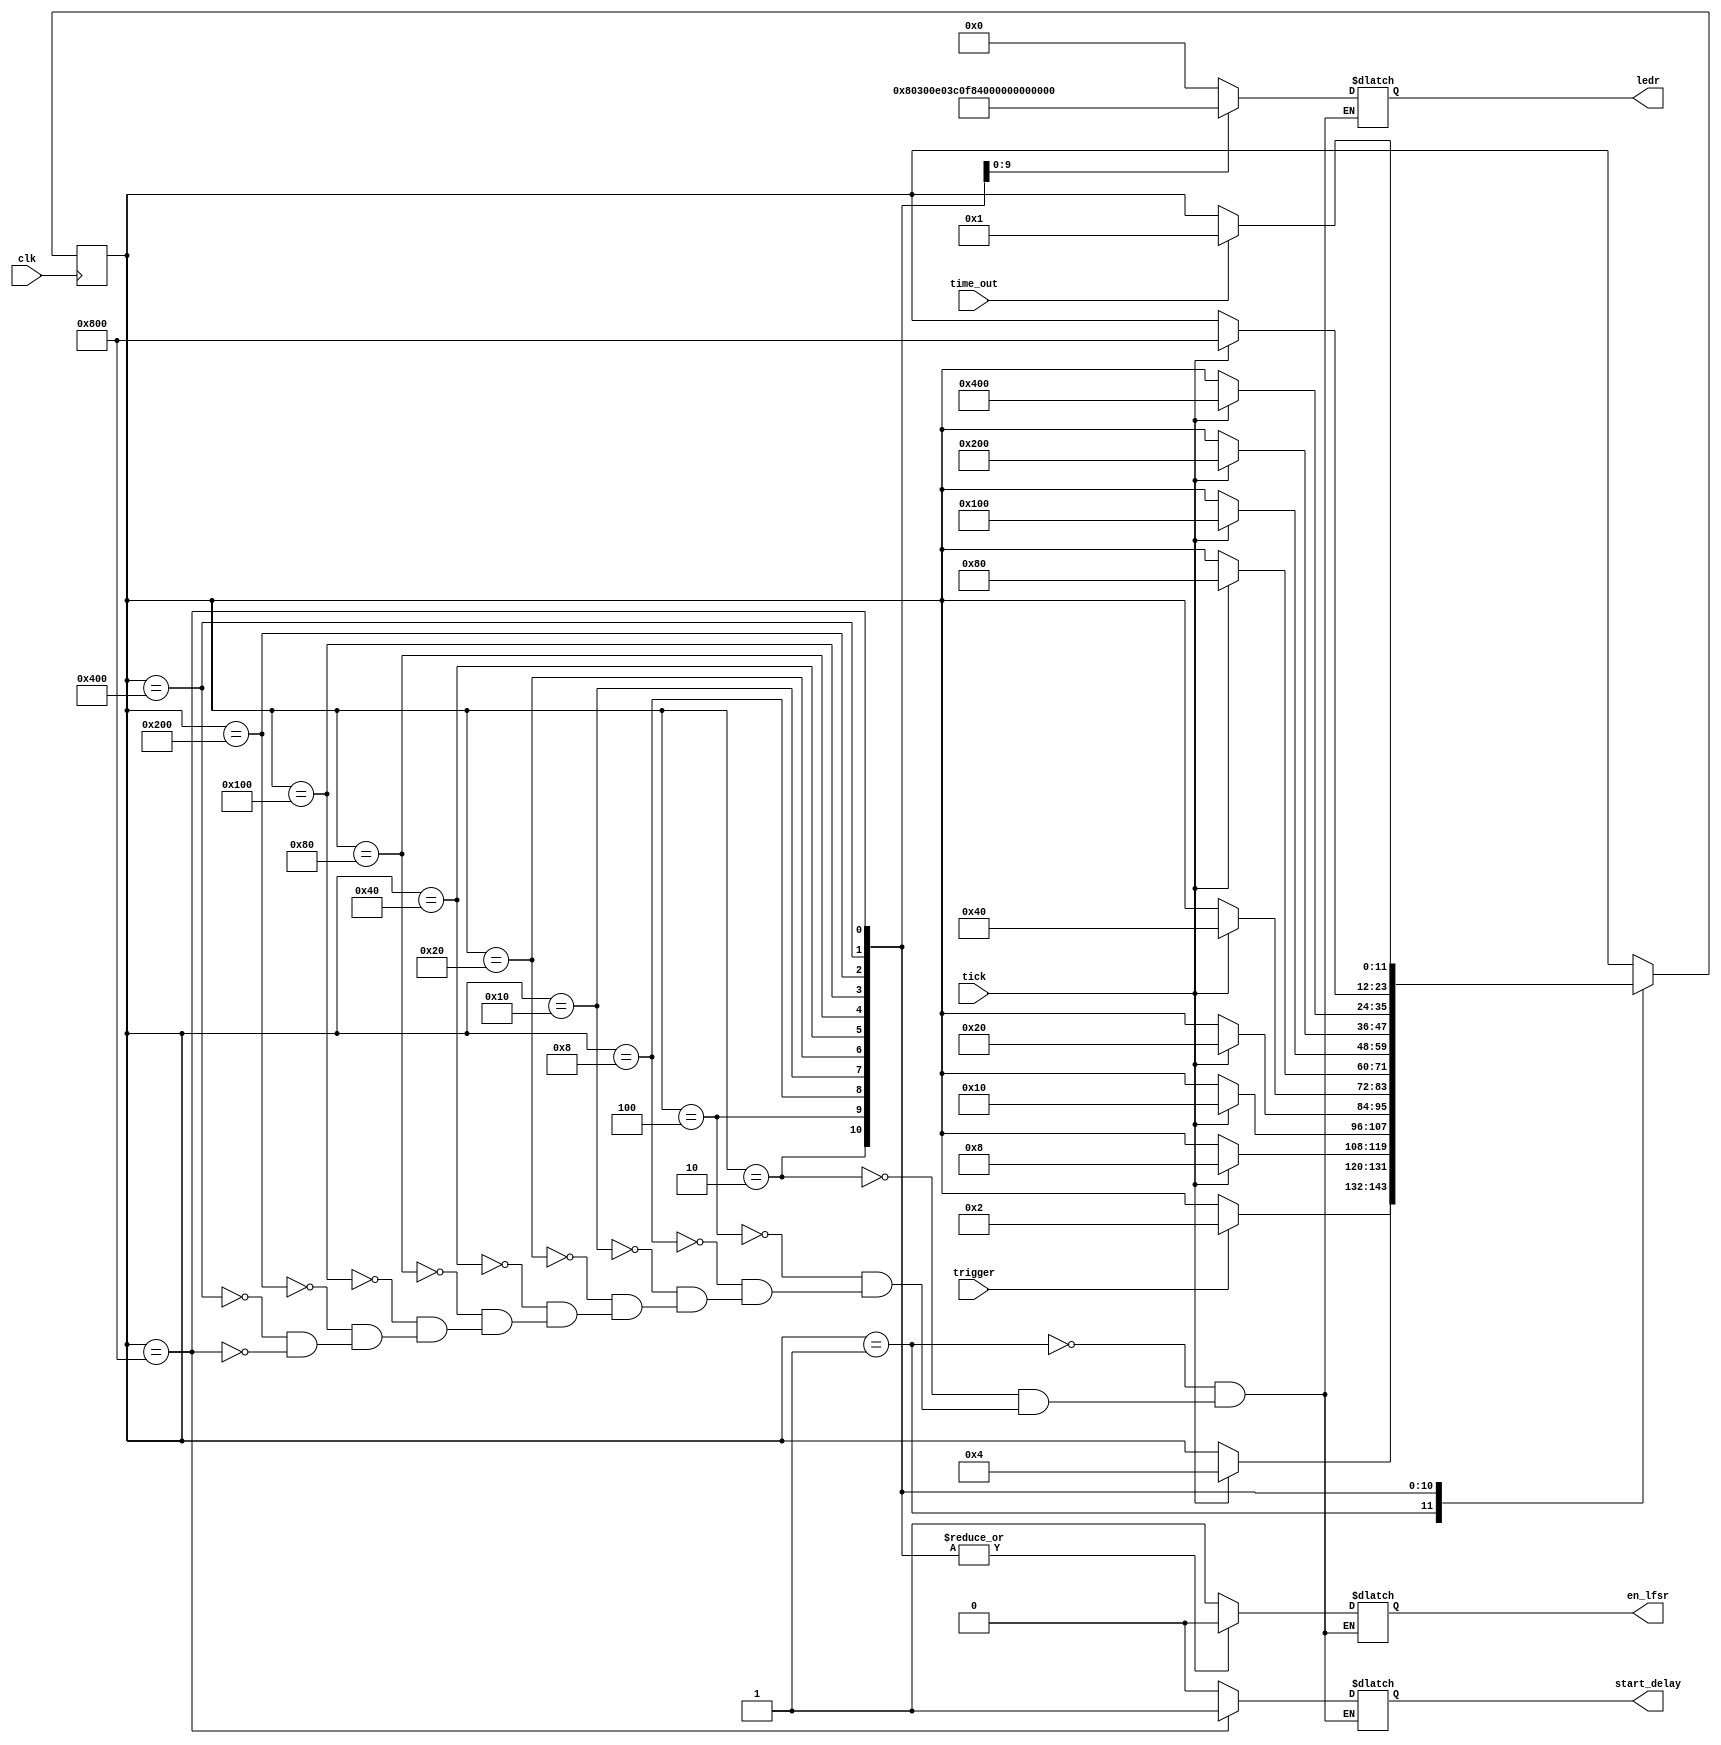
module ex8_fsm(
clk,
tick,
trigger,
time_out,
en_lfsr,
start_delay,
ledr);

	input clk, tick, trigger, time_out;
	output en_lfsr, start_delay;
	output [9:0] ledr;
	
	parameter NSTATE = 12;
	
	parameter WAIT = 12'b000000000001;
	parameter COUNT0 = 12'b000000000010;
	parameter COUNT1 = 12'b000000000100;
	parameter COUNT2 = 12'b000000001000;
	parameter COUNT3 = 12'b000000010000;
	parameter COUNT4 = 12'b000000100000;
	parameter COUNT5 = 12'b000001000000;
	parameter COUNT6 = 12'b000010000000;
	parameter COUNT7 = 12'b000100000000;
	parameter COUNT8 = 12'b001000000000;
	parameter COUNT9 = 12'b010000000000;
	parameter COUNT10 = 12'b100000000000;
	
	reg [NSTATE-1:0] state;
	reg en_lfsr, start_delay;
	reg [9:0] ledr;
	
	initial state = WAIT;
	initial en_lfsr = 1'b0;
	initial start_delay = 1'b0;
	
	//state transitions
	always @ (posedge clk)
	begin
		case (state)
			WAIT: if(trigger == 1'b1) state <= COUNT0;
			//Should we check trigger == 0 here?
			COUNT0: if(tick == 1'b1) state <= COUNT1;
			COUNT1: if(tick == 1'b1) state <= COUNT2;
			COUNT2: if(tick == 1'b1) state <= COUNT3;
			COUNT3: if(tick == 1'b1) state <= COUNT4;
			COUNT4: if(tick == 1'b1) state <= COUNT5;
			COUNT5: if(tick == 1'b1) state <= COUNT6;
			COUNT6: if(tick == 1'b1) state <= COUNT7;
			COUNT7: if(tick == 1'b1) state <= COUNT8;
			COUNT8: if(tick == 1'b1) state <= COUNT9;
			COUNT9: if(tick == 1'b1) state <= COUNT10;
			COUNT10: if(time_out == 1'b1) state <= WAIT;
			default: ; //do nothing
		endcase
	end
	
	//ouput combinational logic
	always @ (*)
	begin
		case (state)
			WAIT: begin
					en_lfsr <= 1'b1;
					start_delay <= 1'b0;
					ledr <= 10'b0000000000;
					end
			COUNT0: 	begin
						en_lfsr <= 1'b0;
						start_delay <= 1'b0;
						ledr <= 10'b0000000000;
						end
			COUNT1:	begin
						en_lfsr <= 1'b0;
						start_delay <= 1'b0;
						ledr <= 10'b1000000000;
						end
			COUNT2:	begin
						en_lfsr <= 1'b0;
						start_delay <= 1'b0;
						ledr <= 10'b1100000000;
						end
			COUNT3:	begin
						en_lfsr <= 1'b0;
						start_delay <= 1'b0;
						ledr <= 10'b1110000000;
						end
			COUNT4:	begin
						en_lfsr <= 1'b0;
						start_delay <= 1'b0;
						ledr <= 10'b1111000000;
						end
			COUNT5:	begin
						en_lfsr <= 1'b0;
						start_delay <= 1'b0;
						ledr <= 10'b1111100000;
						end
			COUNT6:	begin
						en_lfsr <= 1'b0;
						start_delay <= 1'b0;
						ledr <= 10'b1111110000;
						end
			COUNT7:	begin
						en_lfsr <= 1'b0;
						start_delay <= 1'b0;
						ledr <= 10'b1111111000;
						end
			COUNT8:	begin
						en_lfsr <= 1'b0;
						start_delay <= 1'b0;
						ledr <= 10'b1111111100;
						end
			COUNT9:	begin
						en_lfsr <= 1'b0;
						start_delay <= 1'b0;
						ledr <= 10'b1111111110;
						end
			COUNT10:	begin
						en_lfsr <= 1'b0;
						start_delay <= 1'b1;
						ledr <= 10'b1111111111;
						end
			default: ; //do nothing
		endcase
	end
		
endmodule